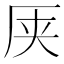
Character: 𫨆